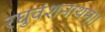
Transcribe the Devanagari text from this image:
रघुवंशनाथम्।।